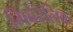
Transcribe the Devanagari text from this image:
गिबेरेलिक